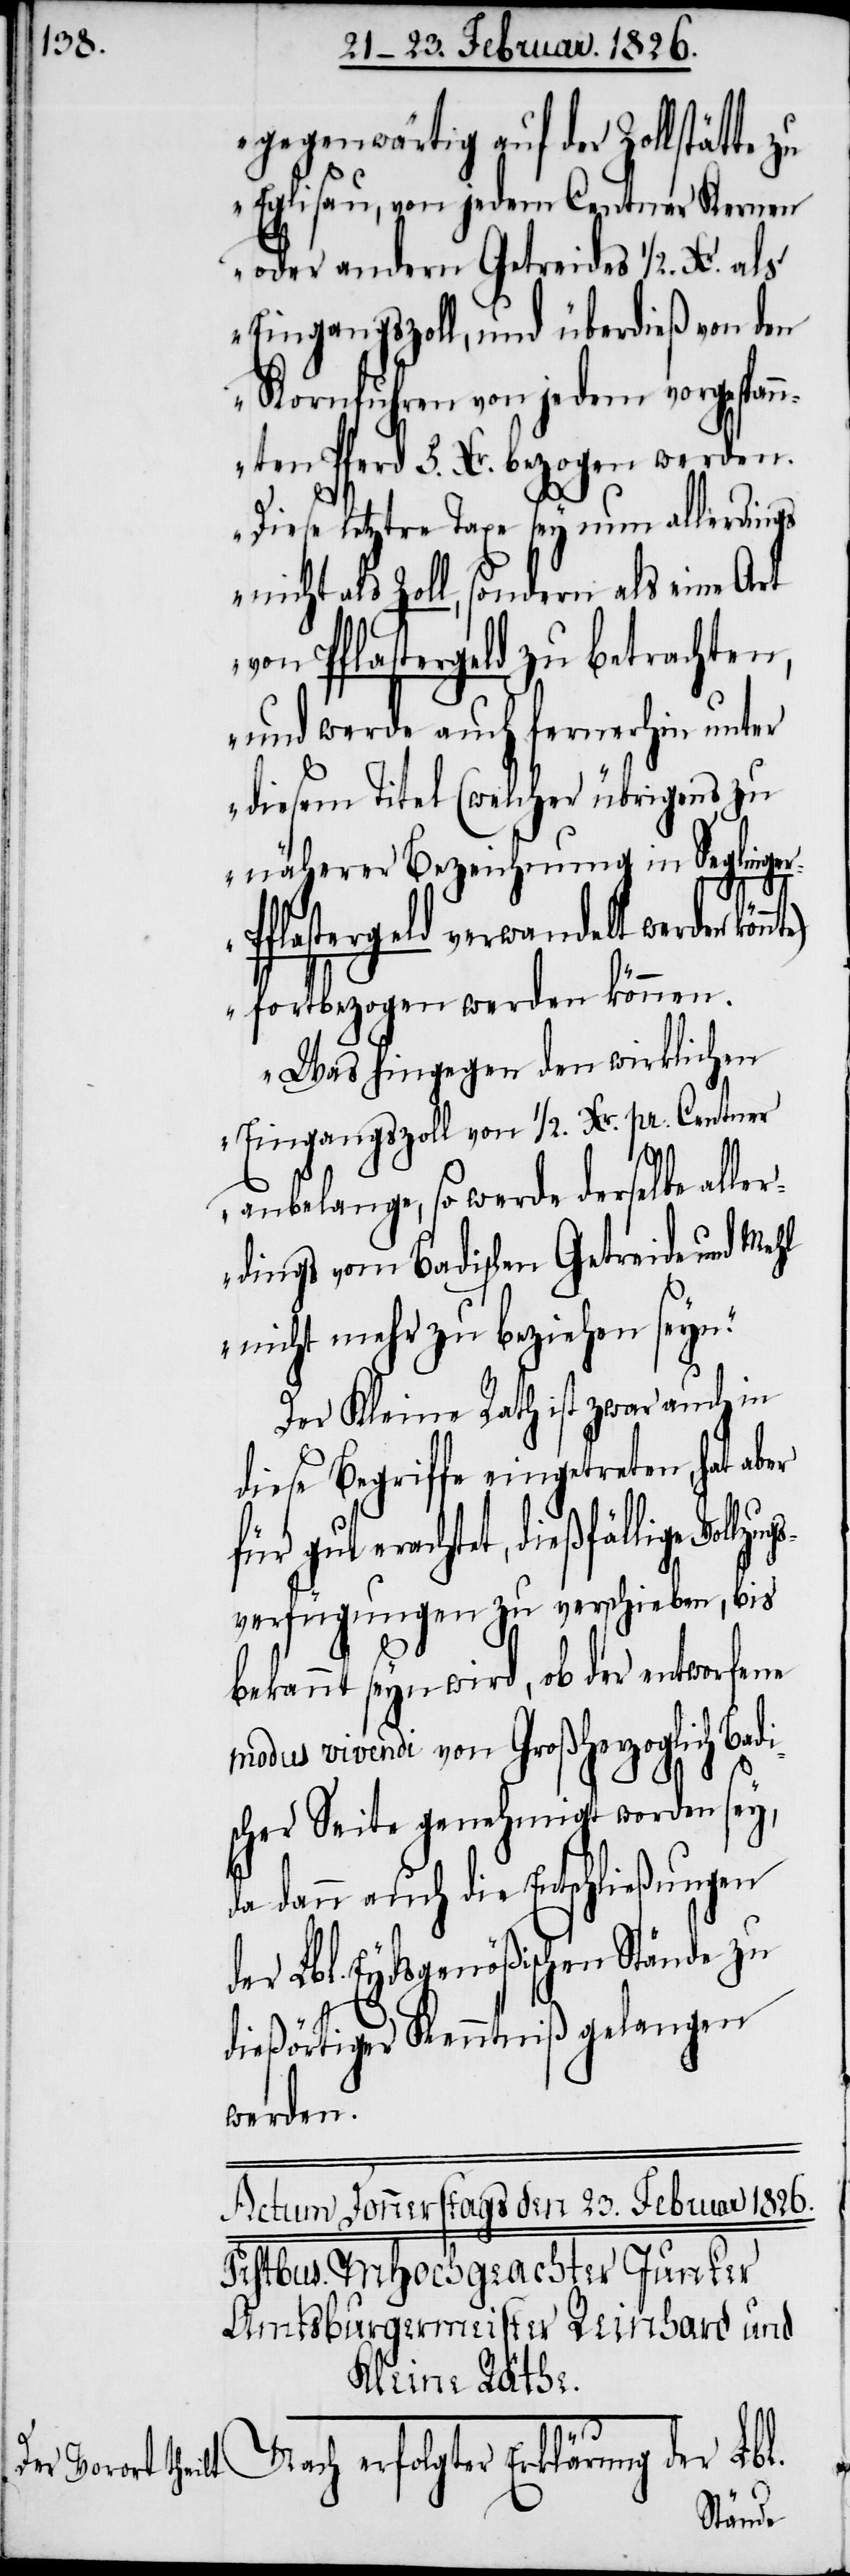
gegenwärtig auf der Zollstätte
Eglisau, von jedem Centner Kernen
oder andern Getreides 1/2. Kr. als
Eingangszoll, und überdieß von den
Kornfuhren von jedem vorgespann¬
ten Pferd 5. Kr. bezogen werden.
Diese letztere Taxe sey nun allerdings
nicht als Zoll, sondern als eine Art
von Pflastergeld zu betrachten,
und werde auch fernerhin unter
diesem Titel (welcher übrigens zu
näherer Bezeichnung in Seglin¬
erfolgter Erklärung der Lbl.
fortbezogen werden können.
Was hingegen den wirklichen
Eingangszoll von 1/2 Kr. pr. Centner
anbelange, so werde derselbe alle¬
rdings vom Badischen Getreide und Mehl
nicht mehr zu beziehen seyn.“
Der Kleine Rath ist zwar auch in
diese Begriffe eingetreten, hat
für gut erachtet, dießfällige Vo¬
verfügungen zu verschieben, bis
bekannt seyn wird, ob der entworfene
modus vivendi von Großherzoglich Badi¬
scher Seite genehmigt worden sey,
da dann auch die Entschließungen
der Lbl. Eydsgenößischen Stände zu
dießörtiger Kenntniß gelangen
werden.
llzugs¬